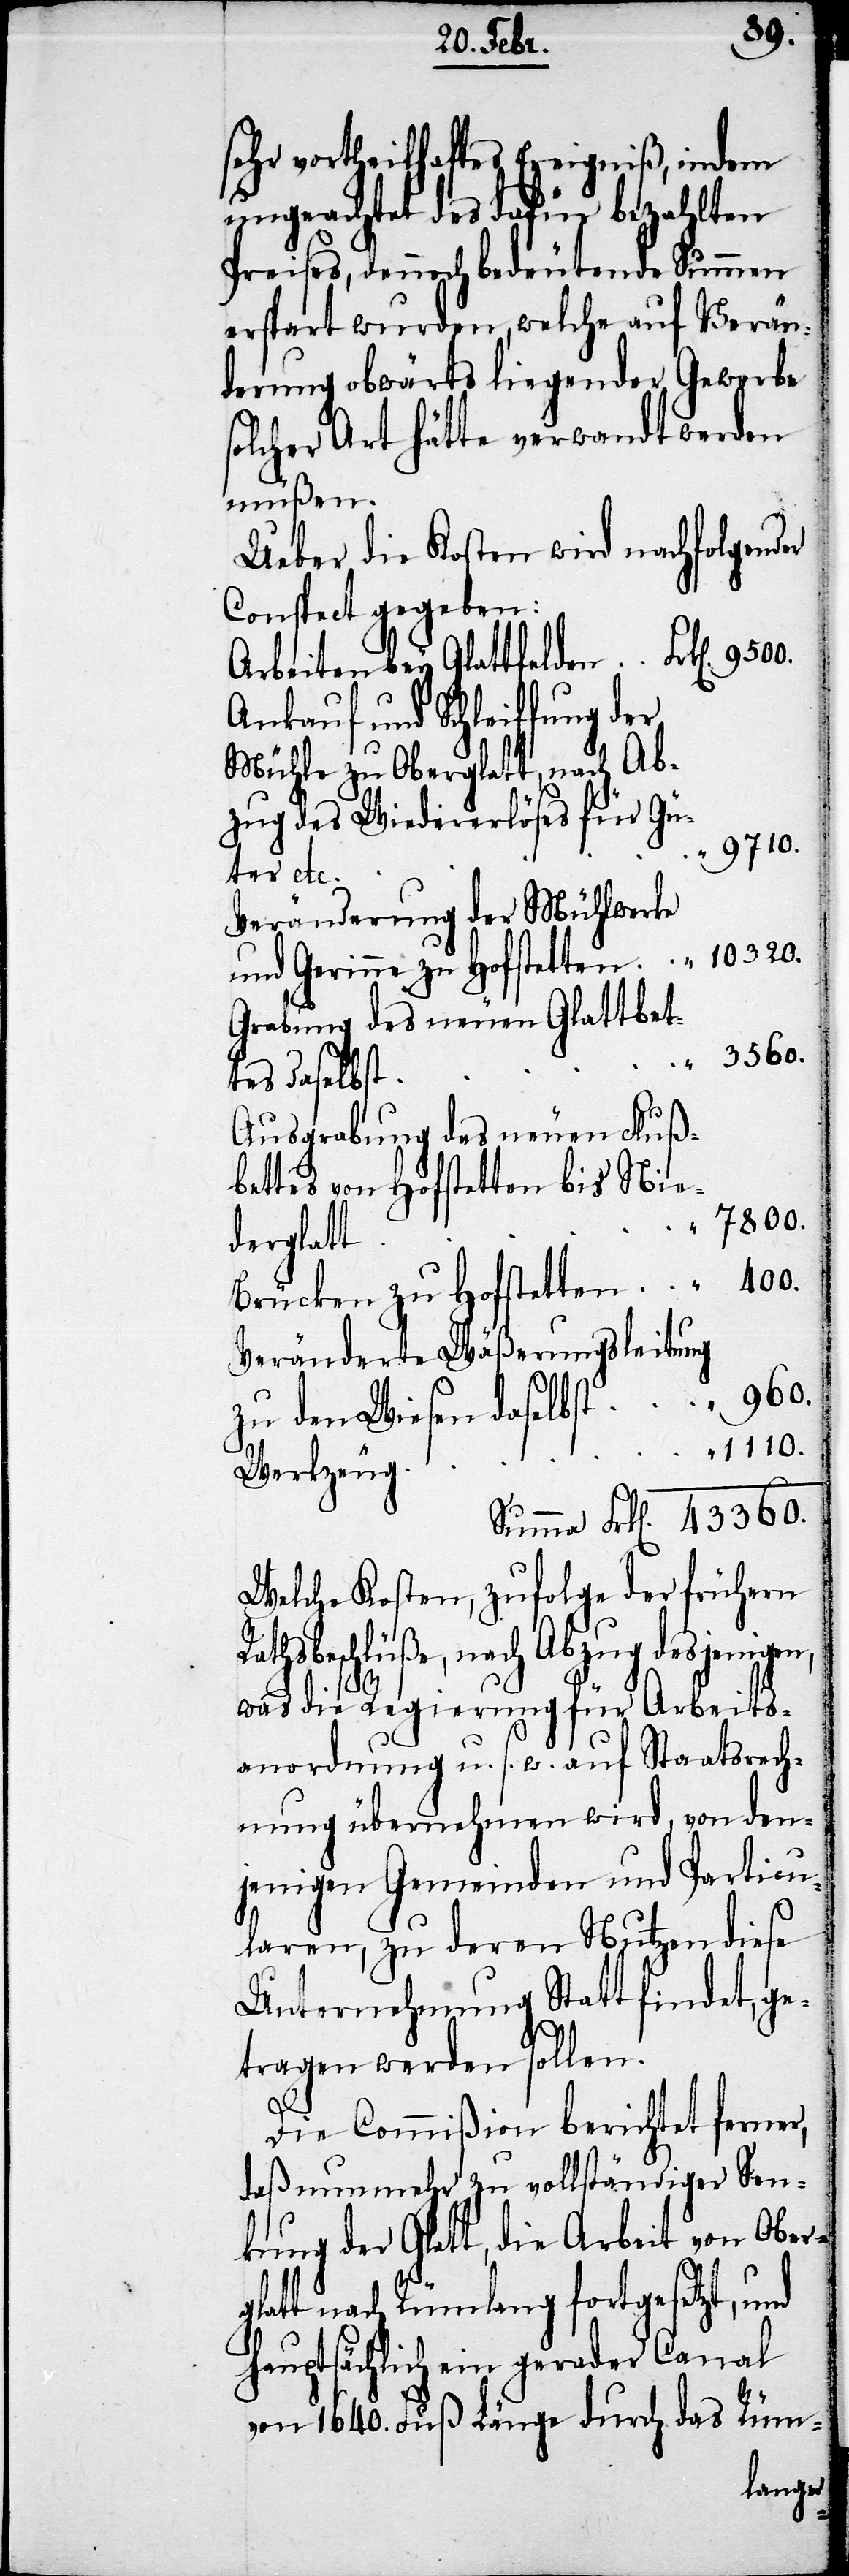
ge¬
sehr vortheilhaftes Ereigniß, indem
ungeachtet des dafür bezahlten
Preises, dennoch bedeutende Summen
erspart wurden, welche auf Verän¬
derung obwärts liegender Gewerbe
olcher Art hätte verwandt werden
müßen.
Ueber die Kosten wird nachfolgender
Conspect gegeben:
Arbeiten bey Glattfelden
Ankauf und Schleiffung der
Mühle zu Oberglatt, nach Ab¬
zug des Wiedererlöses für Gü¬
9710.
für Arbeit¬
Veränderung der Mühlwerke
Grabung des neuen Glattbet¬
tes daselbst
Ausgrabung des neuen Fluß¬
bettes von Hofstetten bis Nie¬
7800.
derglatt
400.
Brücken zu Hofstetten
Veränderte Wäßerungsleitung
960.
zu den Wiesen daselbst
1110.
Werkzeug
Welche Kosten, zufolge der frühern
athsbeschlüße, nach Abzug desjenigen,
sanordnung u. s. w. auf Staatsrech¬
nung übernehmen wird, von
jenigen Gemeinden und Particu¬
laren, zu deren Nutzen diese
Unternehmung Statt findet,
tragen werden sollen.
Die Commißion berichtet ferner,
daß nun mehr zu vollständiger Sen¬
kung der Glatt, die Arbeit von Ober¬
glatt nach Rümlang fortgesetzt, und
hauptsächlich ein gerader Canal
von 1640. Fuß Länge durch das Rüm-